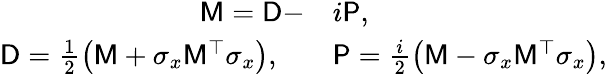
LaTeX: \begin{array}{rl}{{\sf M}={\sf D}-}&{{}i{\sf P},}\\ {{\sf D}=\frac{1}{2}\left({\sf M}+\sigma_{x}{\sf M}^{\top}\sigma_{x}\right),\quad}&{{}{\sf P}=\frac{i}{2}\left({\sf M}-\sigma_{x}{\sf M}^{\top}\sigma_{x}\right),}\end{array}